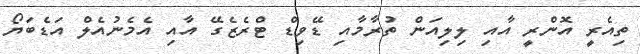
ތިއެރީ އޮންރީ އާއި ލިލިއަން ތުރާމާއި ޑޭވިޑް ޓްރެޒެގޭ އާއި އެމެނުއެލް އަޑެބަޔޯ